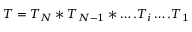
T = T _ { N } * T _ { N - 1 } * \ldots . T _ { i } \ldots . T _ { 1 }